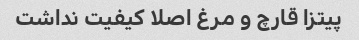
پیتزا قارچ و مرغ اصلا کیفیت نداشت